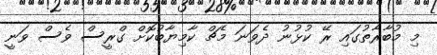
މި މުބާރާތުގައި ރޭ ކުޅުނު ދެވަނަ މެޗް ކާމިޔާބުކޮށް ގްރީސް ވެސް ވަނީ